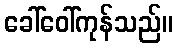
ခေါ်ဝေါ်ကုန်သည်။